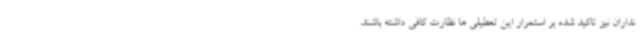
نداران نیز تاکید شده بر استمرار این تعطیلی ها نظارت کافی داشته باشند.